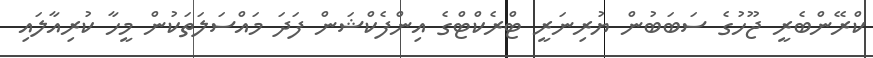
ކްރޭންބެރީ ޖޫހުގެ ސަބަބުން ޔުރިނަރީ ޓްރެކްޓްގެ އިންފެކްޝަން ފަދަ މައްސަލަތަކުން މީހާ ކުރިއާލައި